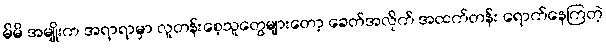
မိမိ အမျိုးက အရာရာမှာ လူတန်းစေ့သူတွေများတော့ ခေတ်အလိုက် အထက်တန်း ရောက်နေကြတဲ့